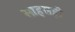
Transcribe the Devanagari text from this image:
साहसही